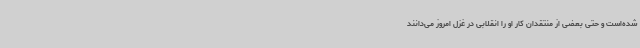
شده‌است و حتی بعضی از منتقدان کار او را انقلابی در غزل امروز می‌دانند